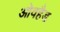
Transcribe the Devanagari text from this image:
ओवहैड